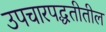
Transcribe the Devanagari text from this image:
उपचारपद्धतीतील